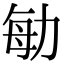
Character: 勄